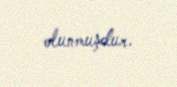
olunmuşdur.